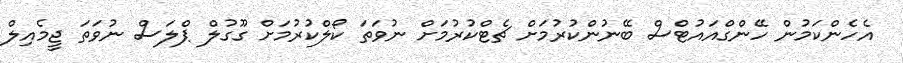
އެހެންކަމުން ހޭންގްއައުޓްސް ބޭނުންކުރުމަށް ޗެޓްކުރުމަށް ނުވަތަ ކޯލްކުރުމަށް ގޫގުލް ޕްލަސް ނުވަތަ ޖީމެއިލް